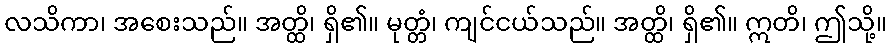
လသိကာ၊ အစေးသည်။ အတ္ထိ၊ ရှိ၏။ မုတ္တံ၊ ကျင်ငယ်သည်။ အတ္ထိ၊ ရှိ၏။ ဣတိ၊ ဤသို့။